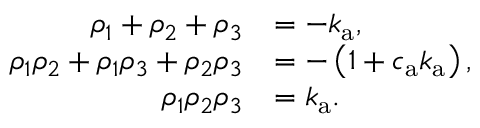
\begin{array} { r l } { \rho _ { 1 } + \rho _ { 2 } + \rho _ { 3 } } & { = - k _ { \mathrm { a } } , } \\ { \rho _ { 1 } \rho _ { 2 } + \rho _ { 1 } \rho _ { 3 } + \rho _ { 2 } \rho _ { 3 } } & { = - \left( 1 + c _ { \mathrm { a } } k _ { \mathrm { a } } \right) , } \\ { \rho _ { 1 } \rho _ { 2 } \rho _ { 3 } } & { = k _ { \mathrm { a } } . } \end{array}